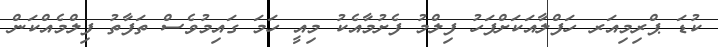
ކުޑަ ޕްރިމިއަރ ހަފްލާއަކަށްފަހު ފިލްމު ފެށުމާއެކު މިއީ ހަމަ ގައިމުވެސް ތަފާތު ފިލްމެއްކަން